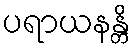
ပရာယနန္တိ